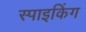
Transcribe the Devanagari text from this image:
स्पाइकिंग